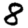
Digit: 8